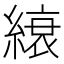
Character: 縗